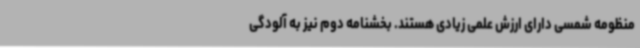
منظومه شمسی دارای ارزش علمی زیادی هستند. بخشنامه دوم نیز به آلودگی